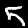
Label: 5